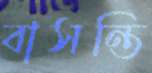
বাসন্তি